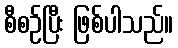
စီစဉ်ပြီး ဖြစ်ပါသည်။